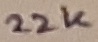
Text: 22K